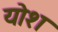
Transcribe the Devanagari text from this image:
योश